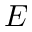
E